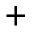
^ { + }